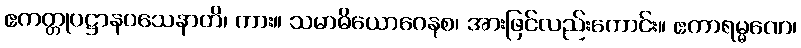
ဧကတ္တုပဋ္ဌာနဝသေနာတိ၊ ကား။ သမာဓိယောဂေနစ၊ အားဖြင်လည်းကောင်း။ ဧကာရမ္မဏေ၊